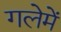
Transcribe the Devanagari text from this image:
गलेमें